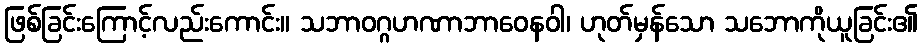
ဖြစ်ခြင်းကြောင့်လည်းကောင်း။ သဘာဝဂ္ဂဟဏာဘာဝေနဝါ၊ ဟုတ်မှန်သော သဘောကိုယူခြင်း၏